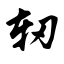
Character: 轫